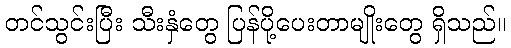
တင်သွင်းပြီး သီးနှံတွေ ပြန်ပို့ပေးတာမျိုးတွေ ရှိသည်။